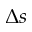
\Delta s